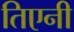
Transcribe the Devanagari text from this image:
तिएनी